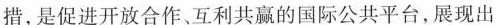
措，是促进开放合作、互利共赢的国际公共平台，展现出